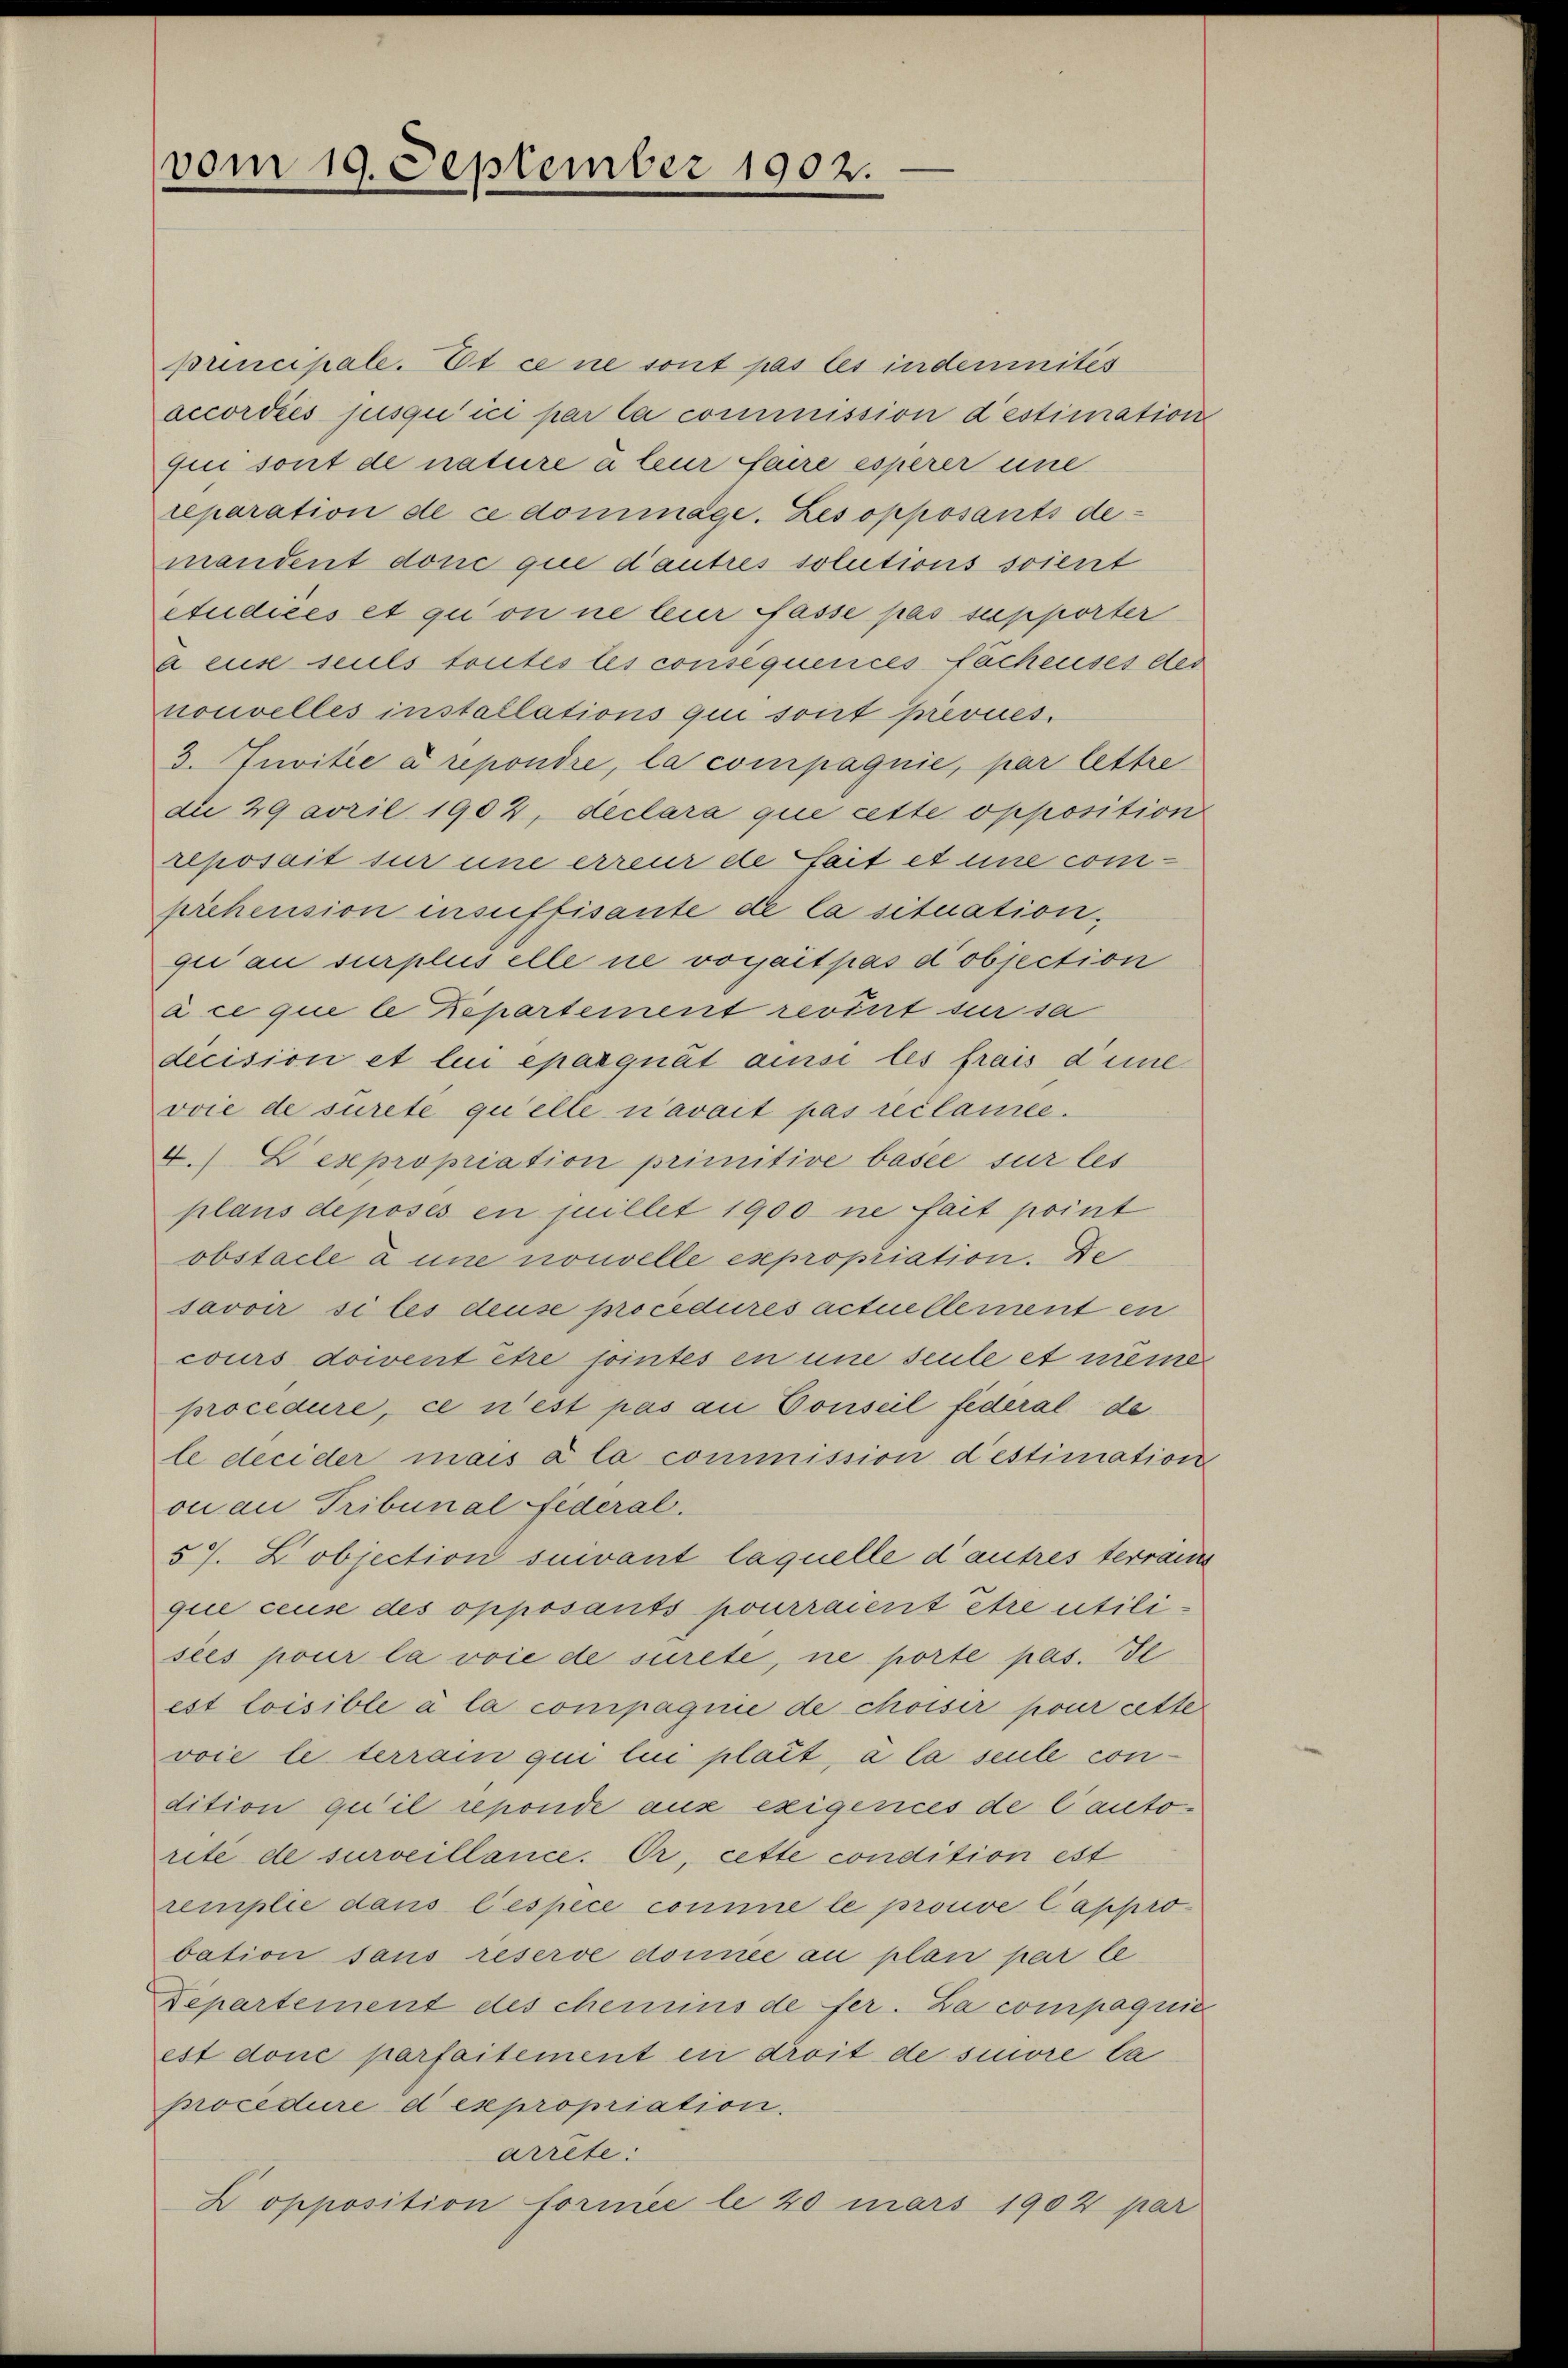
vom 19. September 1902.

principale. Et ce ne sont pas les indemnités
accordies jusqu’ici par la commission destimation
qui sont de nature à leur faire esperer eine
reparation de ce dommage. Les opposants demandent donc que d’autres solutions soient
etudices et qui on ne leur fasse pas supporter
a euse seuls toutes les consequences fachenses des
nouvelles installations qui sont prevues.
3. Juvitée a repondre, la compagnie, par lettre
die 29 avril 1902, declara que cette opposition
reposait sur une erreur de fait et une comprehension insuffisante de la situation,
gii au surplus elle ne vorjait pas dobjection
à ce que le Repartement revint sur sa
decision et lui epaegnät ausse les frais die
voie de surete qu’elle n’avait pas reclamee.
4. Lexpropriation primitive basee sur les
plans deposés en juillet 1900 ne fait point
obstacle à une nouvelle expropriation. De
savoir si les deuse procedures actuellement en
cours doivent être jointes en une seule et même
procedure, ce n’est pas an Conseil federal de
le decider mais à la commission destimation
ou au Tribunal Federal.
57. Pobjection suivant laquelle d’autres terrain
que ceuse des opposants pourraient être utili
sées pour la voie de surete, ne porte pas. S
est loisible à la compagnie de choisir pour cette
voie le terrain qui lui plait, a la seule condition qu’il reponde aux exigences de l’autoreté de surveillance. Or, cette condition est
remplie dans l’espece comme le prouve l’approbation sans reserve domice au plan par le
Departement des chemins de fer. La compagnie
est doné parfaitement in droit de suivre la
procedure d expropriation.
arrete:
D opposition formie le 40 mars 1902 par